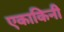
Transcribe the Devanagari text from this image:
एकाकिनी